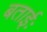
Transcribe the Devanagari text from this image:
बताईः